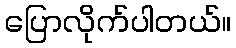
ပြောလိုက်ပါတယ်။